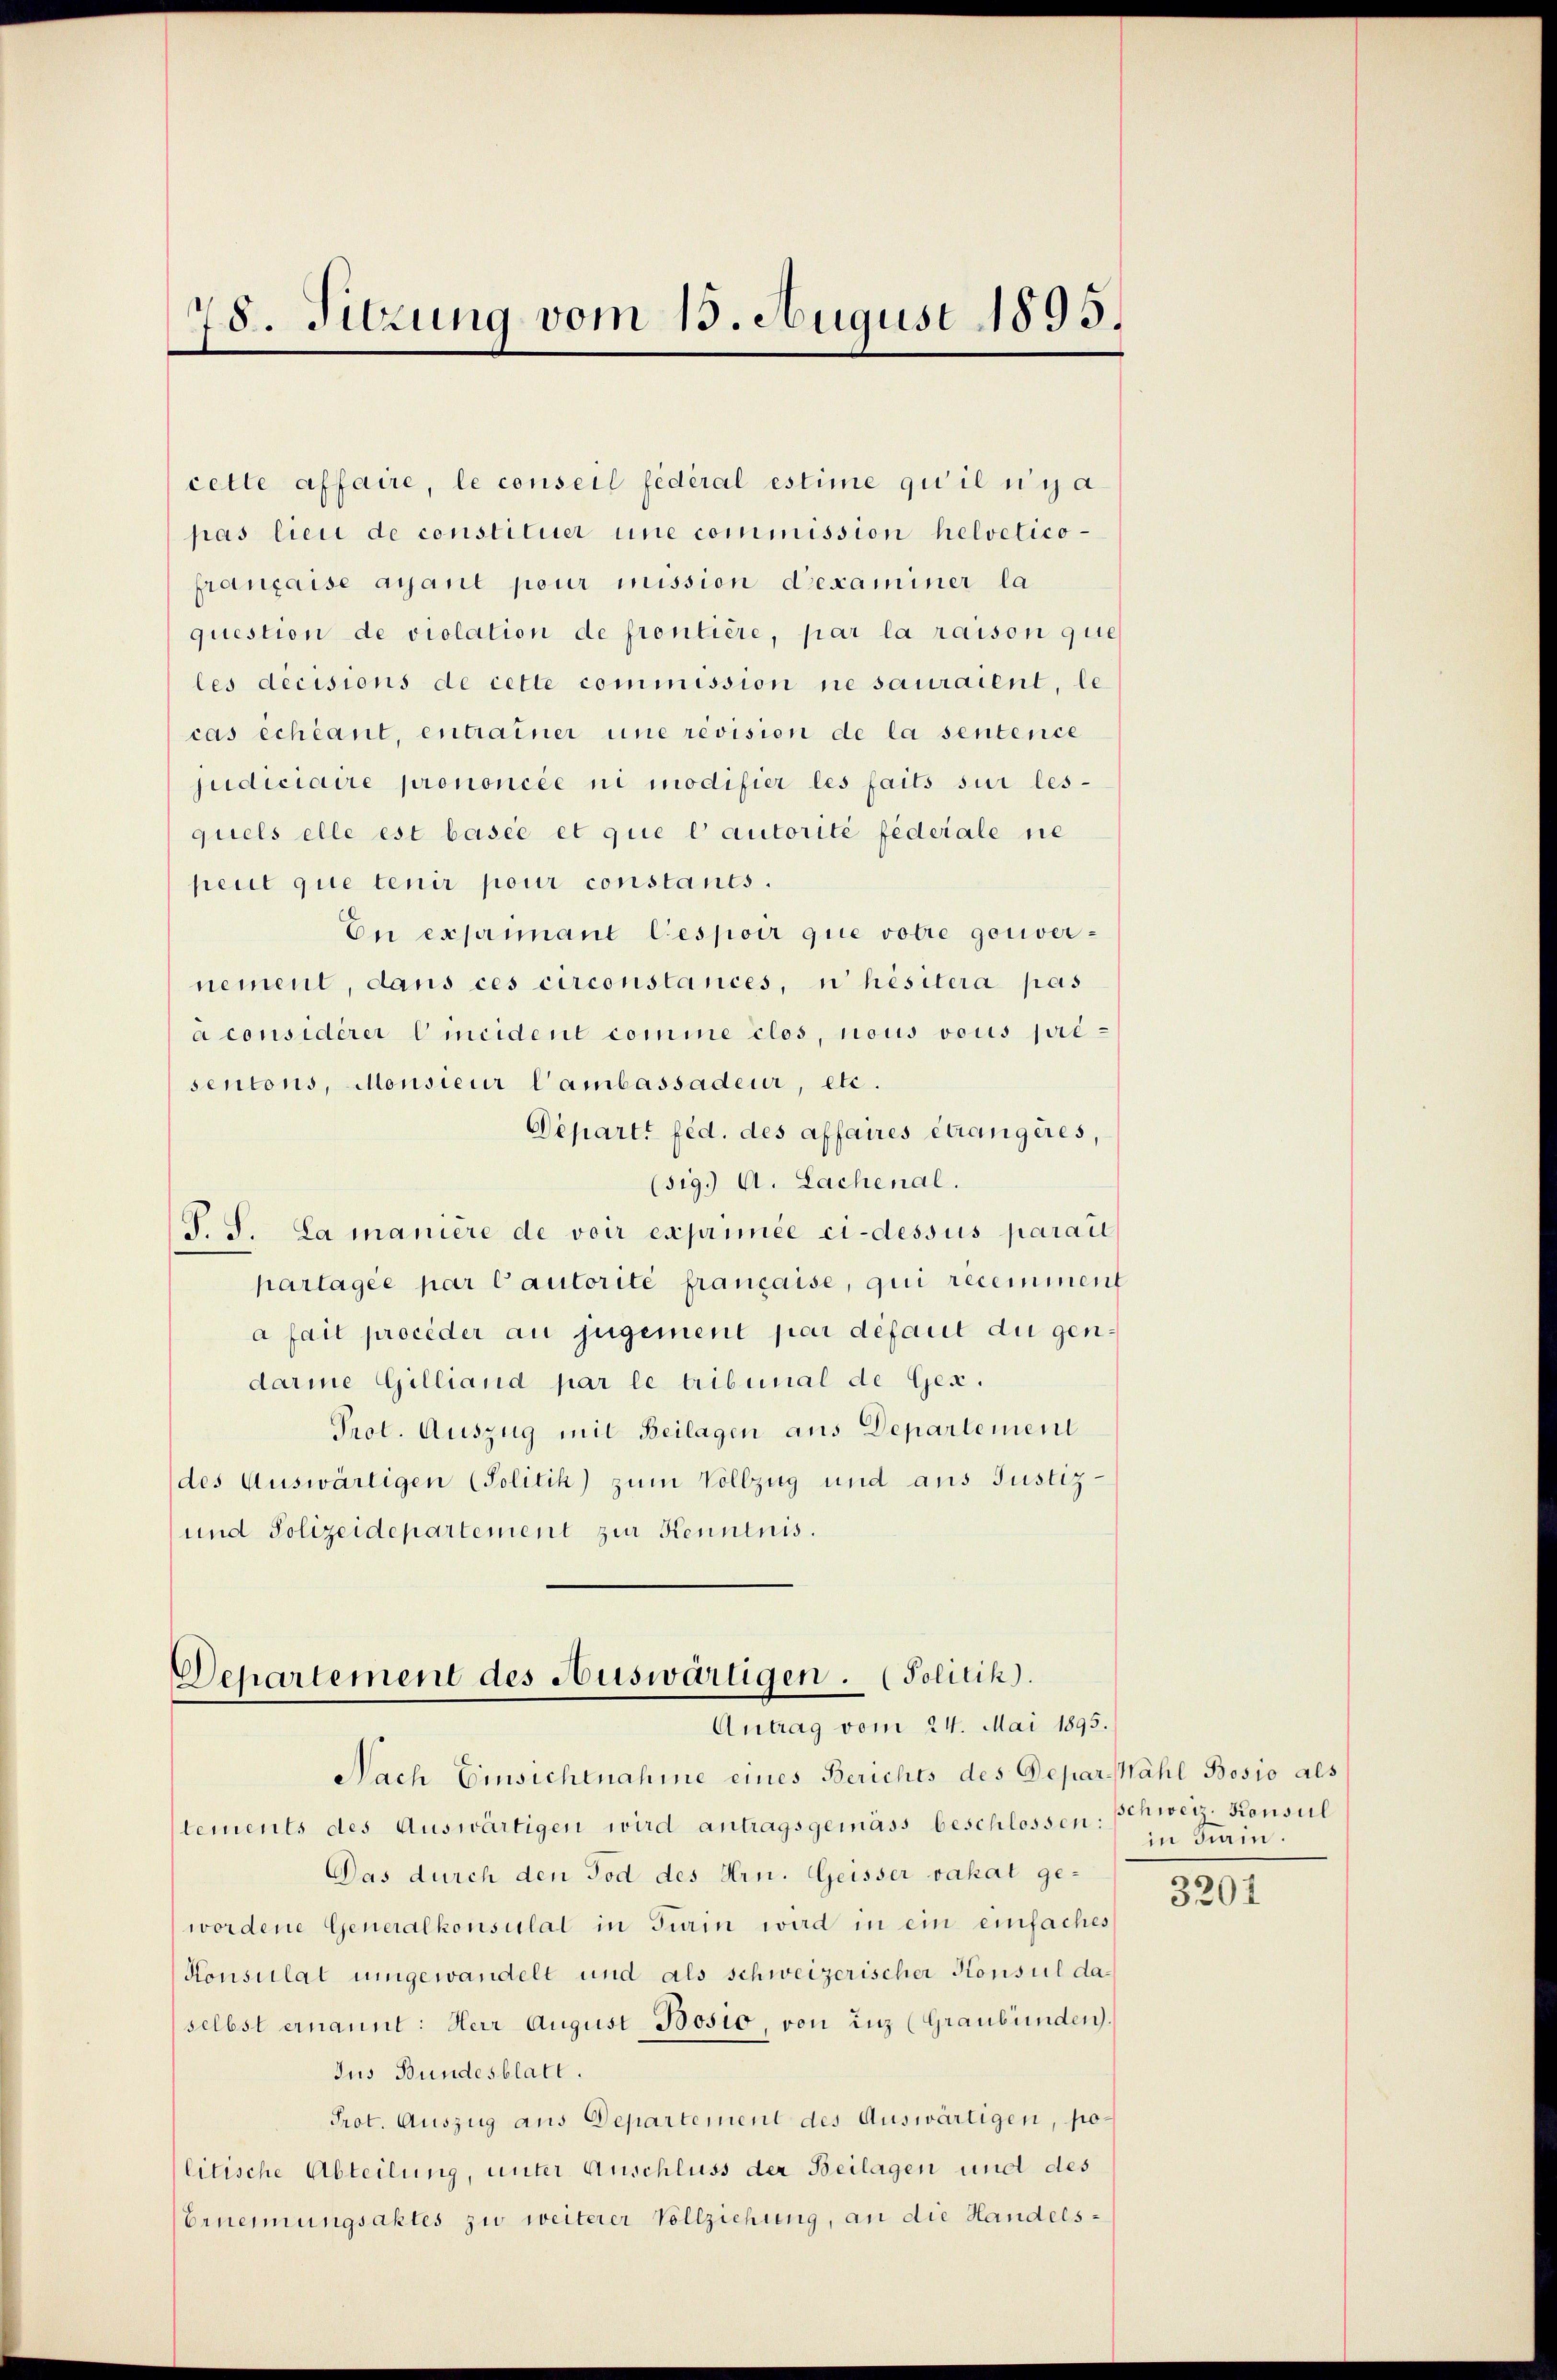
78. Sitzung vom 15. August 1895.

cette affaire, le conseil fédéral estime qu’il n’y a
pas lieu de constituer une commission helvetico-
française ayant pour mission d’examiner la
question de violation de frontière, par la raison que
les decisions de cette commission ne sauraient, le
cas échéant, entrainer une revision de la sentence
judiciaire prononcée ni modifier les faits sur les-
quels elle est basie et que l’autorité fédérale nie
peut que tenir pour constants.
En exprimant Gespoir que votie gouvernement, dans ces circonstances, nhisitera pas
à considèrer Cincident comme clos, nous vous pré-
sentons, Monsieur l’ambassadeur, etc.
Départi féd. des affaires étrangères,
(sig. A. Lachenal.
S. S. La manière de voir exprimée ci-dessus parail
partagée par Cautorité française, qui recemment
a fait procéder au jugement par défaut du gendarine Gilliand par le tribunal de Gen.
Prot. Auszug mit Beilagen aus Departement
des Auswärtigen (Politik) zum Vollzug und aus Justiz-
und Polizeidepartement zur Kenntnis.

Departement des Auswärtigen. (Politik).
Antrag vom 24. Mai 1895.

Nach Einsichtnahme eines Berichts des Depar-Mähl Bosio als
lements des Auswärtigen wird antragsgemäss beschlossen: Schweiz. Konsul
Das durch den Tod des Hrn. Geisser vakat ge-
wordene Generalkonsulat in Turin wird in ein einfaches
Konsulat umgewandelt und als schweizerischer Konsul daselbst ernannt: Herr August-Bosio, von inz (Graubünden.
Jus Bundesblatt.
Prot. Auszug aus Departement des Auswärtigen, politische Abteilung, unter Anschluss der Beilagen und des
Ernennungsaktes zu weiterer Vollziehung, an die Handels-

in Krain.

3204